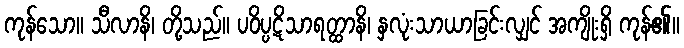
ကုန်သော။ သီလာနိ၊ တို့သည်။ ပဝိပ္ပဋိသာရတ္ထာနိ၊ နှလုံးသာယာခြင်းလျှင် အကျိုးရှိ ကုန်၏။